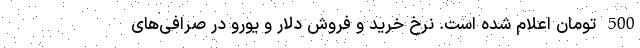
500 تومان اعلام شده است. نرخ خرید و فروش دلار و یورو در صرافی‌های